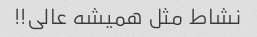
نشاط مثل همیشه عالی!!